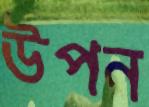
উপন